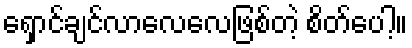
ရှောင်ချင်လာလေလေဖြစ်တဲ့ စိတ်ပေါ့။